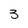
Character: 3